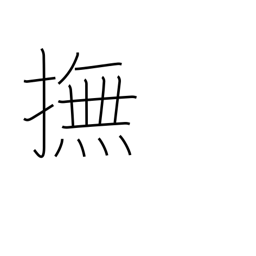
Meaning: stroke